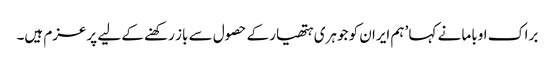
براک اوباما نے کہا ’ہم ایران کو جوہری ہتھیار کے حصول سے باز رکھنے کے لیے پرعزم ہیں۔